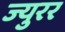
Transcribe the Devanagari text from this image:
ज्युरर